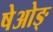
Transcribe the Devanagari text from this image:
षेओङ्